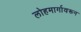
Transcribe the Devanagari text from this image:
लोहमार्गावरून